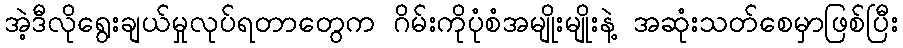
အဲ့ဒီလိုရွေးချယ်မှုလုပ်ရတာတွေက ဂိမ်းကိုပုံစံအမျိုးမျိုးနဲ့ အဆုံးသတ်စေမှာဖြစ်ပြီး